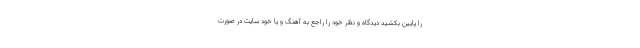
را پایین بکشید دیدگاه و نظر خود را راجع به آهنگ و یا خود سایت در صورت